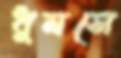
ধুমসে